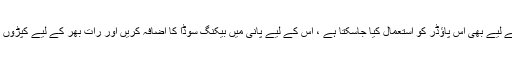
کپڑے کی دھلائی کے لیے بھی اس پاؤڈر کو استعمال کیا جاسکتا ہے ، اس کے لیے پانی میں بیکنگ سوڈا کا اضافہ کریں اور رات بھر کے لیے کپڑوں کو ان میں بھگو دیں۔